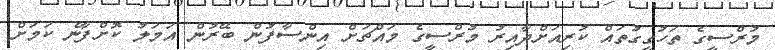
މުރްސީގެ ތަހުގީގުތައް ކުރިއަށްދާއިރު މުރްސީގެ މައްޗަށް އިންސާފުން ބޭރުން އަމަލު ކޮށްފާނެ ކަމަށް